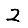
Digit: 2